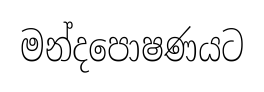
මන්දපොෂණයට